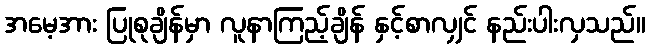
အမေ့အား ပြုစုချိန်မှာ လူနာကြည့်ချိန် နှင့်စာလျှင် နည်းပါးလှသည်။